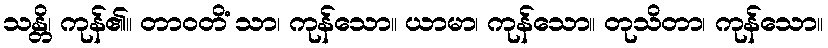
သန္တိ၊ ကုန်၏။ တာဝတိံ သာ၊ ကုန်သော။ ယာမာ၊ ကုန်သော။ တုသိတာ၊ ကုန်သော။